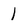
Character: l